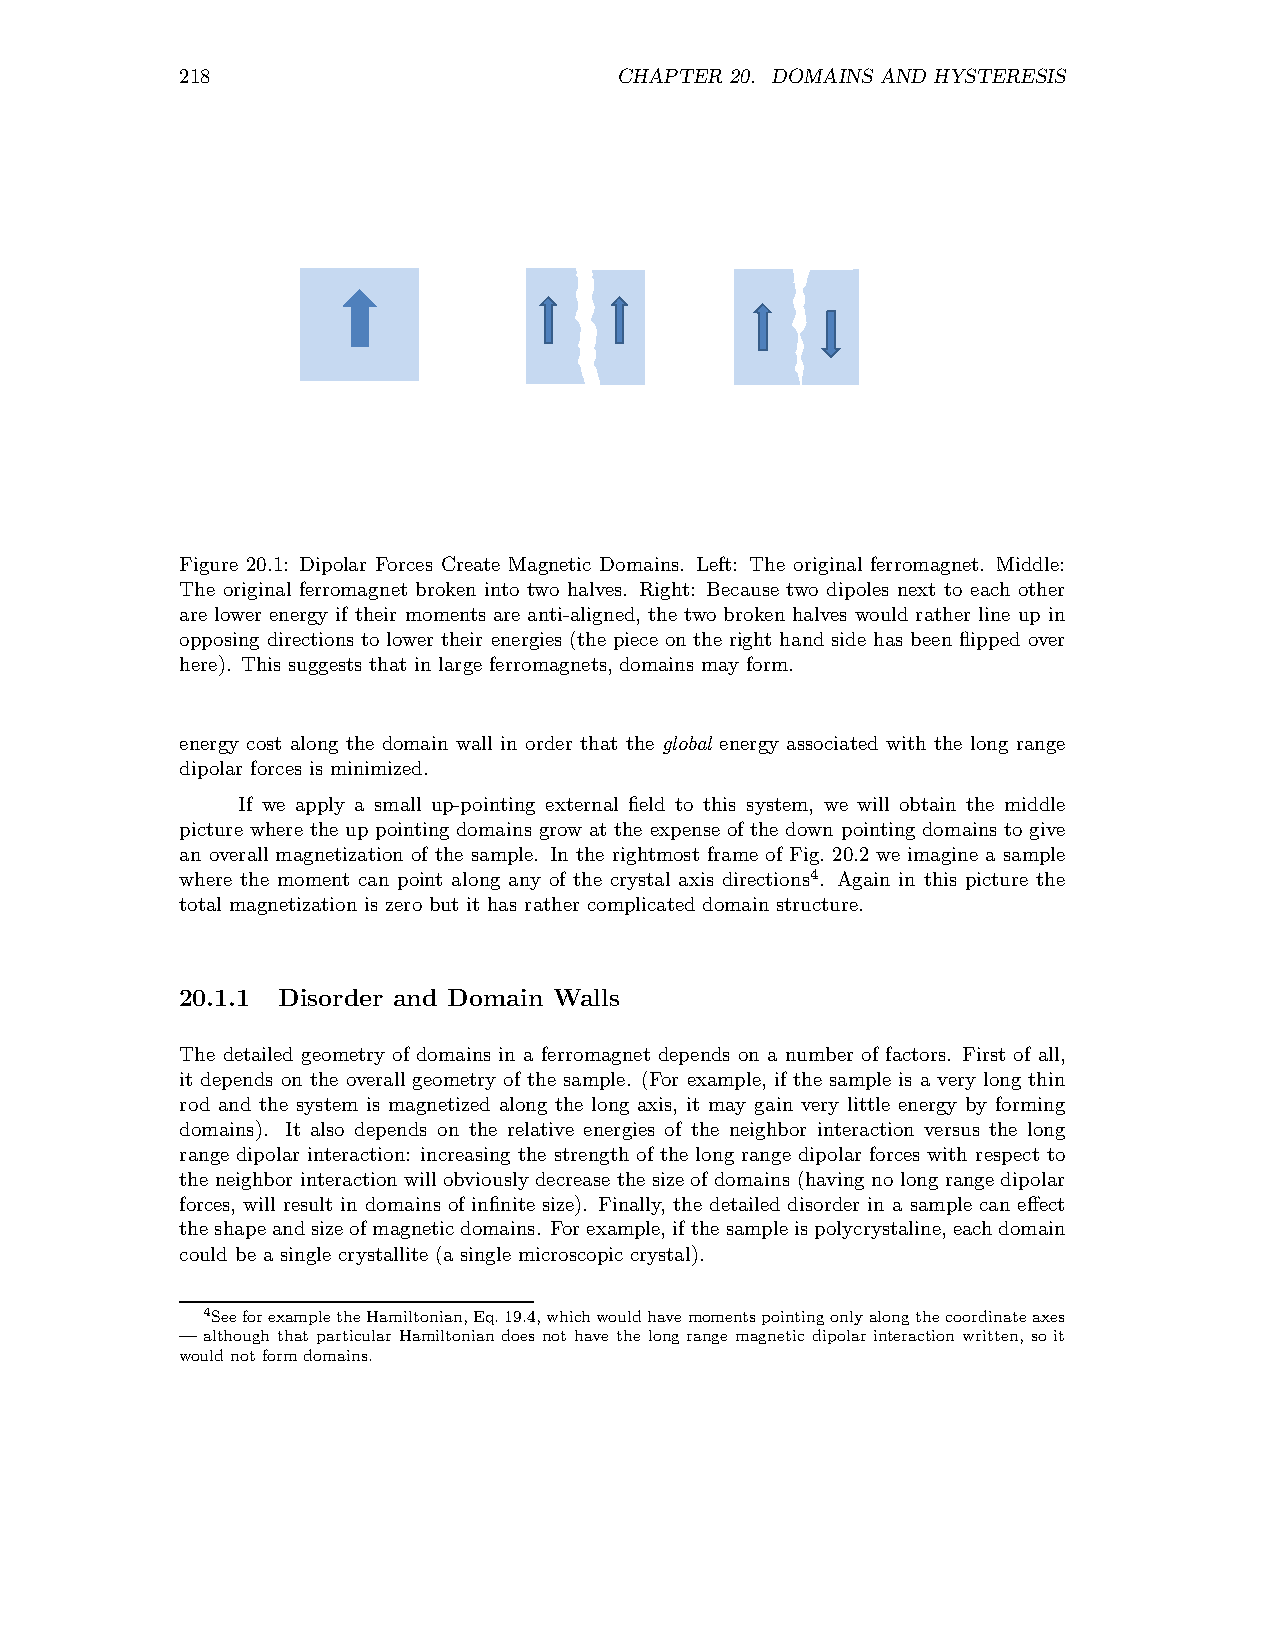
218                          CHAPTER 20. DOMAINS AND HYSTERESIS
 Figure 20.1: Dipolar Forces Create Magnetic Domains. Left: The original ferromagnet. Middle:
 The original ferromagnet broken into two halves. Right: Because two dipoles next to each other
 are lower energy if their moments are anti-aligned, the two broken halves would rather line up in
 opposing directions to lower their energies (the piece on the right hand side has been flipped over
 here). This suggests that in large ferromagnets,domains may form.
 energy cost along the domain wall in order that the global energy associated with the long range
 dipolar forces is minimized.
 If we apply a small up-pointing external field to this system, we will obtain the middle
 picture where the up pointing domains grow at the expense of the down pointing domains to give
 an overall magnetization of the sample. In the rightmost frame of Fig. 20.2 we imagine a sample
 where the moment can point along any of the crystal axis directions4. Again in this picture the
 total magnetization is zero but it has rather complicated domain structure.
 20.1.1 Disorder and Domain Walls
 The detailed geometry of domains in a ferromagnet depends on a number of factors. First of all,
 it depends on the overall geometry of the sample. (For example, if the sample is a very long thin
 rod and the system is magnetized along the long axis, it may gain very little energy by forming
 domains). It also depends on the relative energies of the neighbor interaction versus the long
 range dipolar interaction: increasing the strength of the long range dipolar forces with respect to
 the neighbor interaction will obviously decrease the size of domains (having no long range dipolar
 forces, will result in domains of infinite size). Finally, the detailed disorder in a sample can effect
 the shapeandsizeofmagneticdomains. Forexample,ifthesampleispolycrystaline,eachdomain
 could be a single crystallite (a single microscopic crystal).
 4SeeforexampletheHamiltonian,Eq.19.4,whichwouldhavemomentspointingonlyalongthecoordinateaxes
 — although that particular Hamiltonian does not have the long range magnetic dipolar interaction written, so it
 wouldnotformdomains.